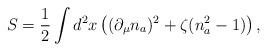
LaTeX: \begin{align*}S= \frac{1}{2}\int d^{2}x\left( (\partial_{\mu} n_a)^2 + \zeta ( n_a^2 -1) \right),\end{align*}